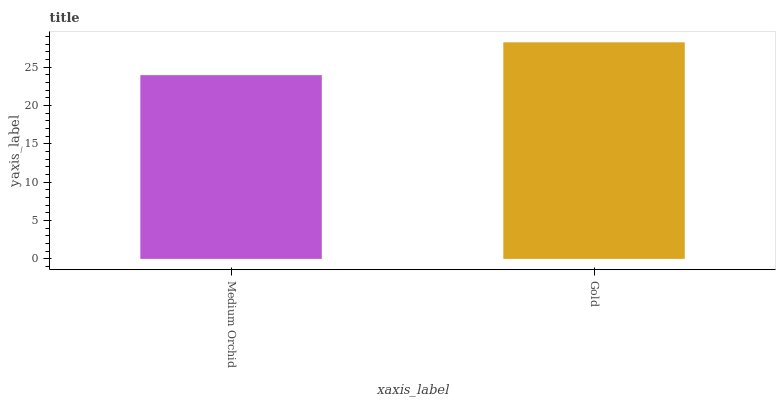
| xaxis_label | bars |
 | --- | --- |
 | Medium Orchid | 23.9 |
 | Gold | 28.2 |